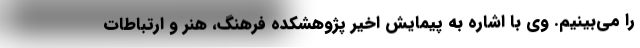
را می‌بینیم. وی با اشاره به پیمایش اخیر پژوهشکده فرهنگ، هنر و ارتباطات